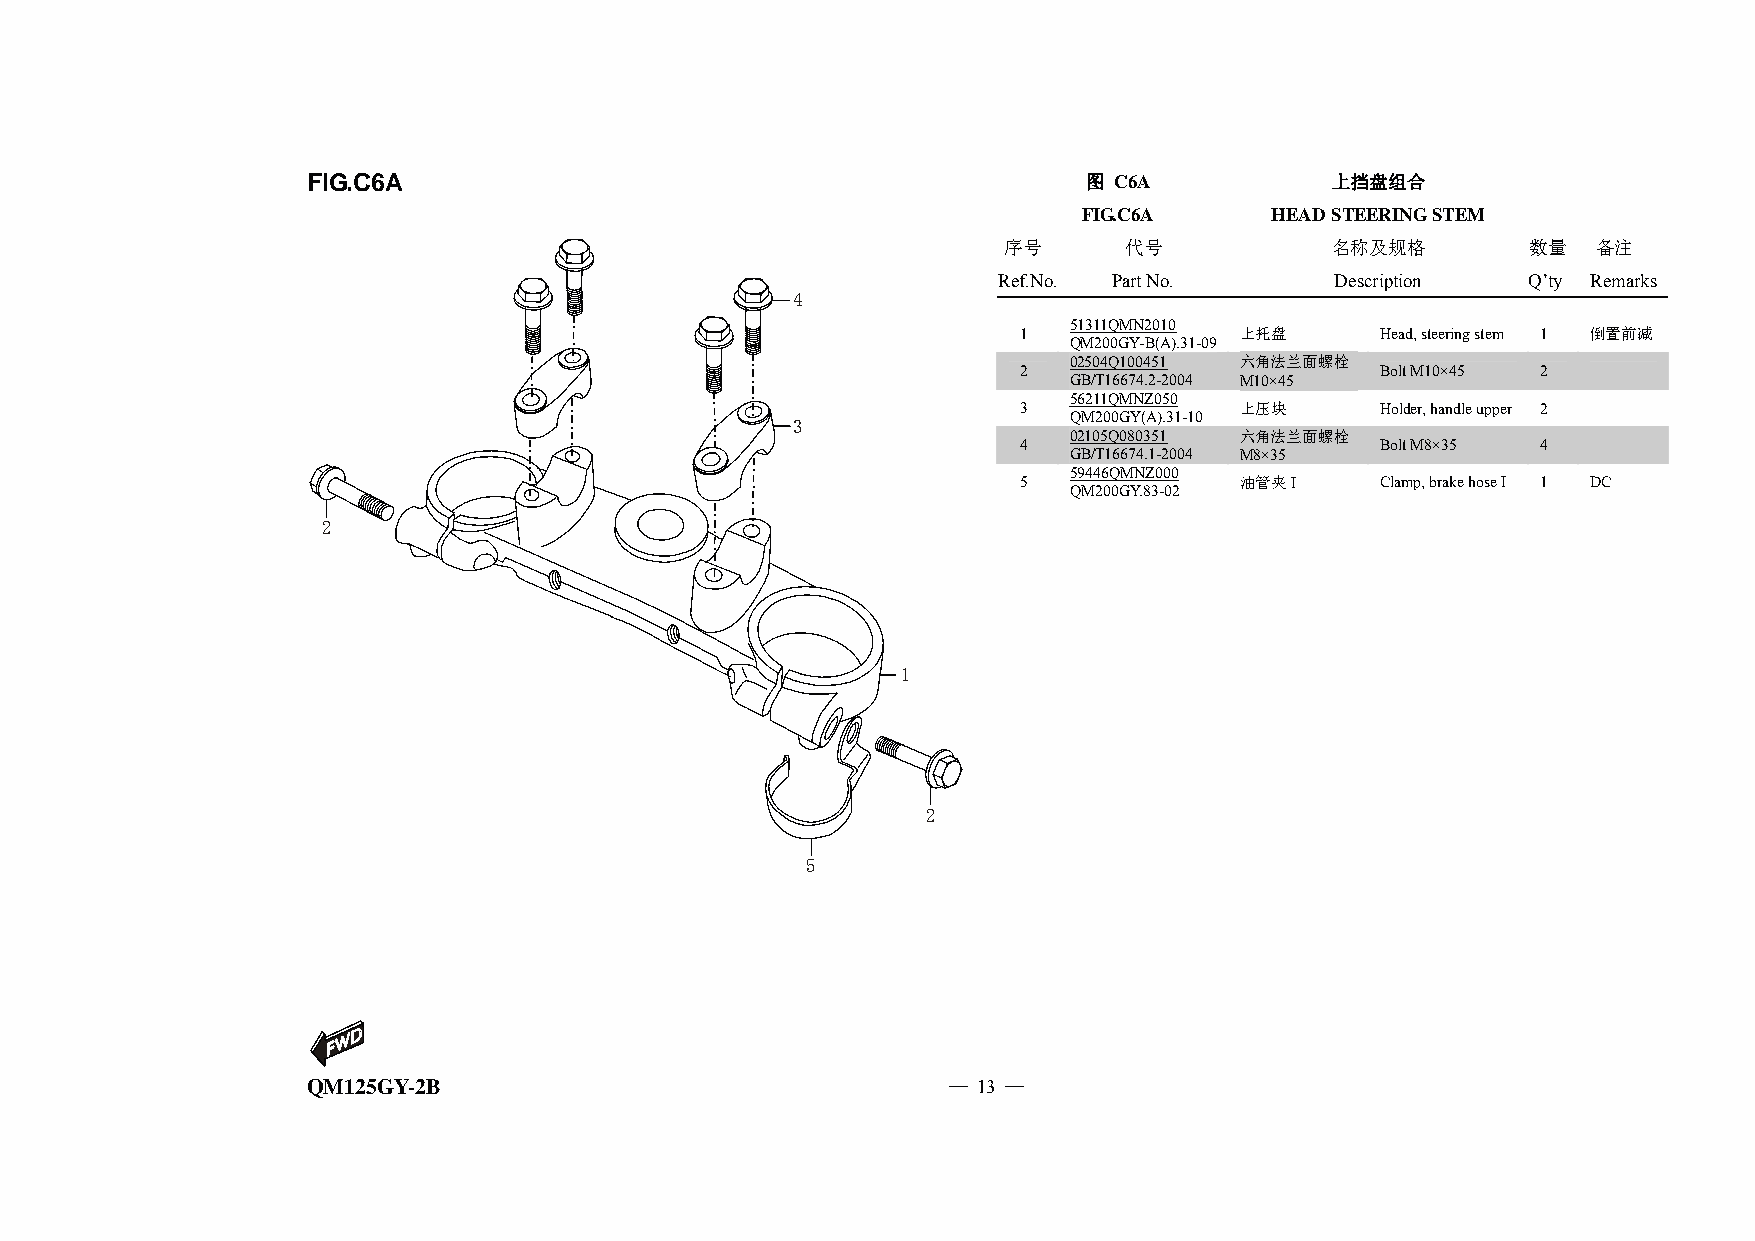
FIG.C6A                                             图 C6A           上挡盘组合
 FIG.C6A     HEAD STEERING STEM
 序号      代号            名称及规格        数量   备注
 Ref.No. Part No.      Description  Q’ty Remarks
 4
 1
 51311QMN2010
 上托盘      Head, steering stem 1 倒置前减
 QM200GY-B(A).31-09
 02504Q100451 六角法兰面螺栓
 2                       Bolt M10×45 2
 GB/T16674.2-2004 M10×45
 56211QMNZ050
 3              上压块      Holder, handle upper 2
 QM200GY(A).31-10
 3
 02105Q080351 六角法兰面螺栓
 4                       Bolt M8×35 4
 GB/T16674.1-2004 M8×35
 59446QMNZ000
 5              油管夹I     Clamp, brake hose I 1 DC
 QM200GY.83-02
 2
 1
 2
 5
 QM125GY-2B                                 — 13 —